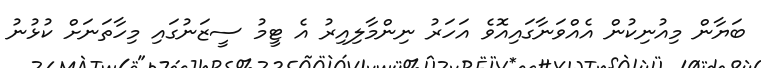
ބަޔާން މިއުނިކުން އެއްވަނާގައިއޮވެ އަހަރު ނިންމާލިއިރު އެ ޓީމު ސީޒަނުގައި މިހާތަނަށް ކުޅުނު